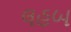
લહબ